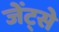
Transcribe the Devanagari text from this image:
जेंट्से